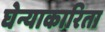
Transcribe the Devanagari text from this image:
घेन्याकारिता